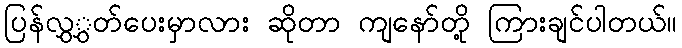
ပြန်လွှွှတ်ပေးမှာလား ဆိုတာ ကျနော်တို့ ကြားချင်ပါတယ်။